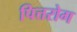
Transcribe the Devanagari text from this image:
पित्तरोग